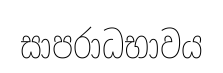
සාපරාධභාවය